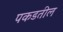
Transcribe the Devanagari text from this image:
पकडतील